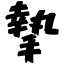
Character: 摯